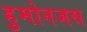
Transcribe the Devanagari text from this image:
हुमोनजस